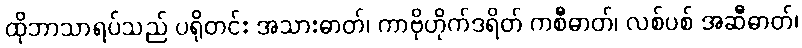
ထိုဘာသာရပ်သည် ပရိုတင်း အသားဓာတ်၊ ကာဗိုဟိုက်ဒရိတ် ကစီဓာတ်၊ လစ်ပစ် အဆီဓာတ်၊